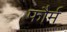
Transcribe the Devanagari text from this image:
फौर्म